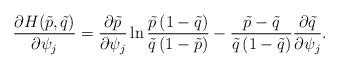
LaTeX: \begin{align*} \frac{{\partial H(\tilde p,\tilde q)}}{{\partial {\psi _j}}} = \frac{{\partial \tilde p}}{{\partial {\psi _j}}}\ln \frac{{\tilde p\left( {1 - \tilde q} \right)}}{{\tilde q\left( {1 - \tilde p} \right)}} - \frac{{\tilde p - \tilde q}}{{\tilde q\left( {1 - \tilde q} \right)}}\frac{{\partial \tilde q}}{{\partial {\psi _j}}}.\end{align*}